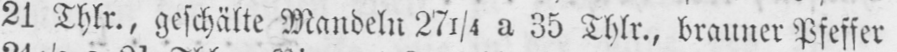
21 Thlr., geschälte Mandeln 271/4 a 35 Thlr., brauner Pfeffer